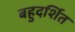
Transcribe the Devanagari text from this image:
बहुदर्शित